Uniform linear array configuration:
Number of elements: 8
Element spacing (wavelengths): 0.25
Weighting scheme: hann
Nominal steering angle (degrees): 15
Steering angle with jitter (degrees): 16.949
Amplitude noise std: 0.05
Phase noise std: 0.05

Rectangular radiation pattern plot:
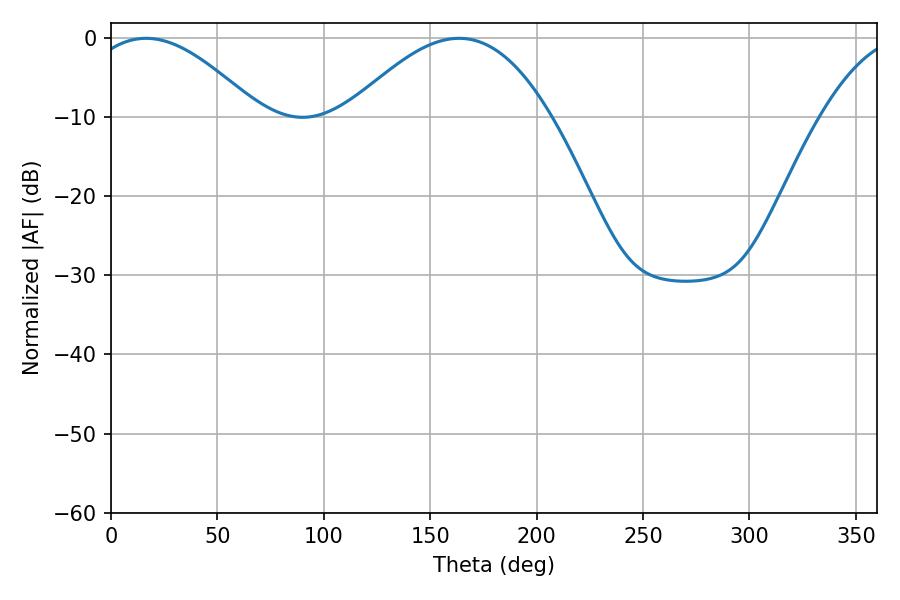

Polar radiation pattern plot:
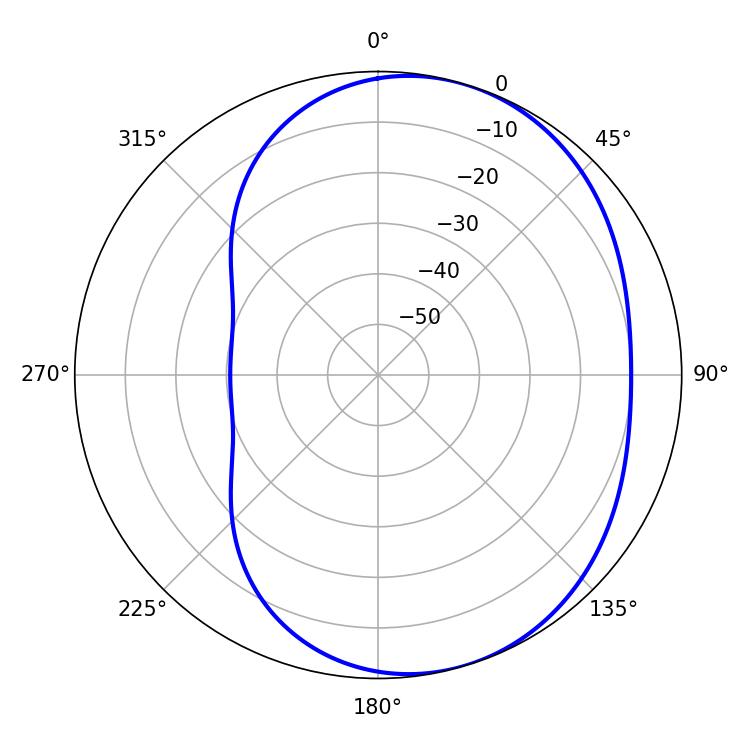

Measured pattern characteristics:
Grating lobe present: FALSE
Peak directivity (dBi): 4.79
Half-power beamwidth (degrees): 44.1
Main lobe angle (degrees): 16.38